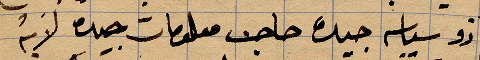
ذو سياسة جيدة صاحب معلومات جيدة لانه